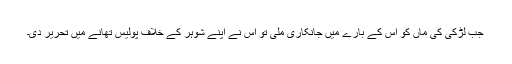
جب لڑکی کی ماں کو اس کے بارے میں جانکاری ملی تو اس نے اپنے شوہر کے خلاف پولیس تھانے میں تحریر دی۔